Annual report of the Prince of Wales Medical College, Patna
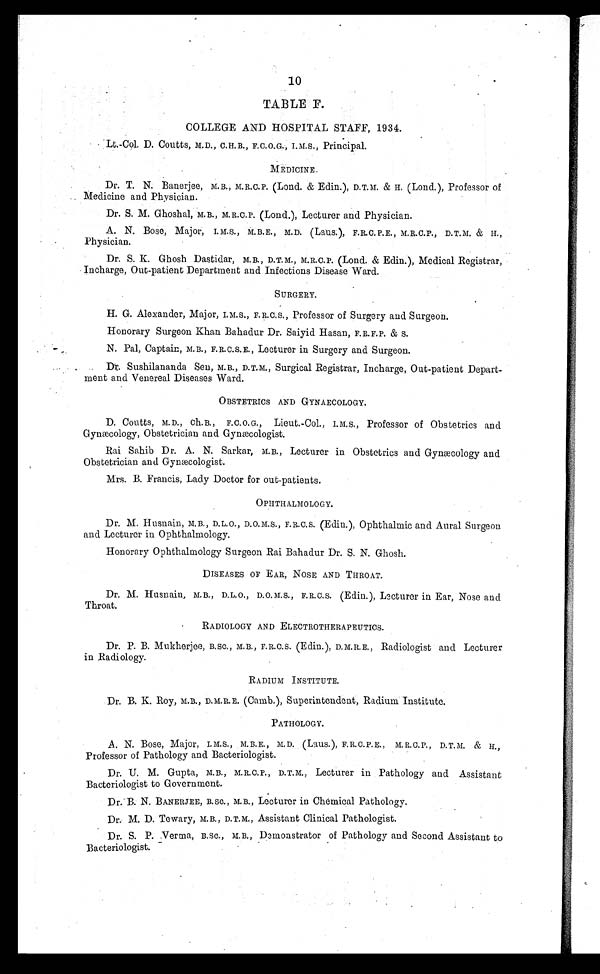
10
•
TABLE
COLLEGE AND HOSPITAL STAFF, 1934.
• Lt.-Col. D. Coutts, M.D., C. H. B. , F. C.O. G. , I. M. S. , Pri nci pal .
M E D I C I N E .
Dr. T. N. Banerjee, M. B. , M. R.C. P. (Lond. & Edin.), D.T.M. & H. (Lond.), Professor of
Medicine and Physician.
Dr. S. M. Ghoshal, M. B. , M. R. C. P. (Lond.), Lecturer and Physician.
A. N. Bose, Major, I. M. S. , M. B. E. , M. D. (Laus.), F. R. C. P. E., M. R. C. P., D. T. M. & H.,
Physician.
Dr. S. K. Ghosh Dastidar, M. B. , D. T. M., M.R.C. P. (Lond. & Edin.), Medical Registrar,
Incharge, Out-patient Department and Infections Disease Ward.
SURGERY.
H. G. Alexander, Major, I. M.S., F. R. C. S., Professor of Surgery and Surgeon.
Honorary Surgeon Khan Bahadur Dr. Saiyid Hasan, F. R. F. P. & S.
N. Pal, Captain, M . B. , F. R. C. S. E., Lecturer in Surgery and Surgeon.
Sushilananda Sen, M. B. , D. T. M. , Surgical Registrar, Incharge, Out-patient Depart--
ment and Venereal Diseases Ward.
OBSTETRICS AND GYNAECOLOGY.
D. Coutts, M. D., Ch. B. , F. C. O. G., Lieut.-Col., I. M. S., Professor of Obstetrics and
Gynecology, Obstetrician and Gymæcologist.
Rai Sahib Dr. A. N. Sarkar, M.B., Lecturer in Obstetrics and Gynæcology and
Obstetrician and Gymæcologist.
Mrs. B. Francis, Lady Doctor for out-patients.
OPHTHALMOLOGY.
Dr. M. Husnain, M.B., D. L. O., D. O. M.S., F. R. C. S. (Edin.), Ophthalmic and Aural Surgeon
and Lecturer in Ophthalmology.
Honorary Ophthalmology Surgeon Rai Bahadur Dr. S. N. Ghosh.
DISEASES OF EAR, NOSE AND THROAT.
Dr. M. Husnain, M. B. , D. L. O., D. O. M. S., F. R. C. S. (Edin.), Lecturer in Ear, Nose and
Throat.
•
RADIOLOGY AND ELECTROTHERAPEUTICS.
Dr. P. B. Mukherjee, B. SC. , M. B. , F. R. C. S. (Edin.), D. M. R. E. Radiologist and Lecturer
in Radiology.
RADIUM INSTITUTE.
Dr. B. K. Roy, M.B., D. M.R. E. (Camb.), Superintendent, Radium Institute.
PATHOLOGY.
A. N. Bose, Major, I. M. S., M. B. E., M. D. (Laus. ), F. R. C. P. E. M. R. C. P. D. T. M. & H.,
Professor of Pathology and Bacteriologist.
Dr. U. M. Gupta, M. B. , M. R. C.P. , D. T. M., Lecturer in Pathology and Assistant
Bacteriologist to Government.
Dr.B. N. BANERJEE, B. SC. , M. B. , Lecturer in Chemical Pathology.
Dr: M. D. Tewary, M.B., D. T. M. , Assistant Clinical Pathologist.
Dr. S. P. Verma, B. Sc., M. B. , Demonstrator of Pathology and Second Assistant to
Bacteriologist.